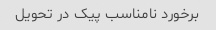
برخورد نامناسب پیک در تحویل